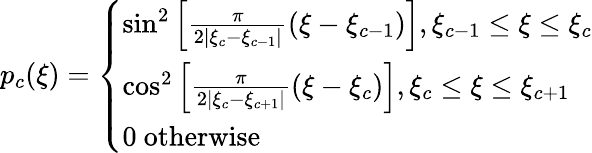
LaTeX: p_{c}(\xi)=\left\{ \begin{array}{ll}{\sin^{2}\left[\frac{\pi}{2|\xi_{c}-\xi_{c-1}|}(\xi-\xi_{c-1})\right],\xi_{c-1}\leq\xi\leq\xi_{c}}\\ {\cos^{2}\left[\frac{\pi}{2|\xi_{c}-\xi_{c+1}|}(\xi-\xi_{c})\right],\xi_{c}\leq\xi\leq\xi_{c+1}}\\ {0\ \mathrm{otherwise}}\end{array}\right.